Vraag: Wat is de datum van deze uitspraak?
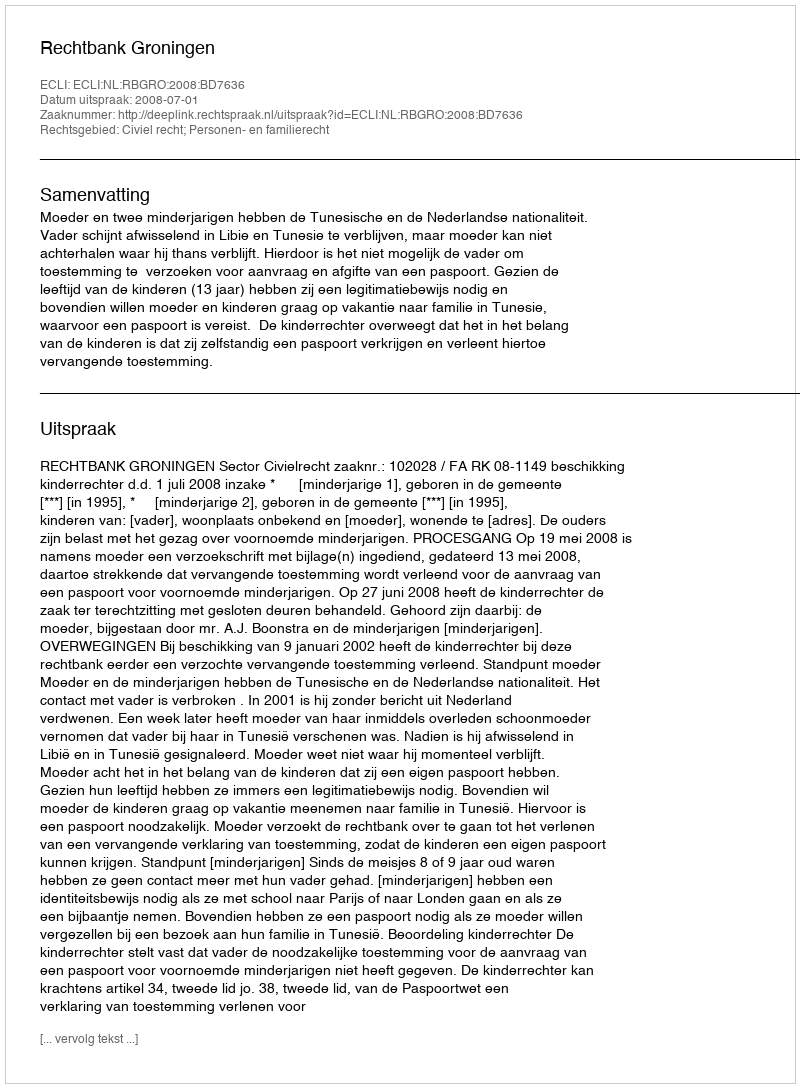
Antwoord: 2008-07-01